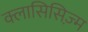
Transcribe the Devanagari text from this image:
क्लासिसिज़्म